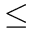
\leq